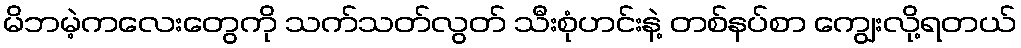
မိဘမဲ့ကလေးတွေကို သက်သတ်လွတ် သီးစုံဟင်းနဲ့ တစ်နပ်စာ ကျွေးလို့ရတယ်